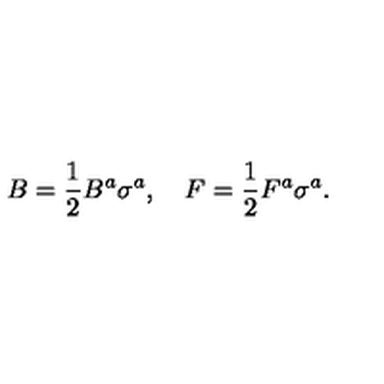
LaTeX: B = \frac { 1 } { 2 } B ^ { a } \sigma ^ { a } , \quad F = \frac { 1 } { 2 } F ^ { a } \sigma ^ { a } .